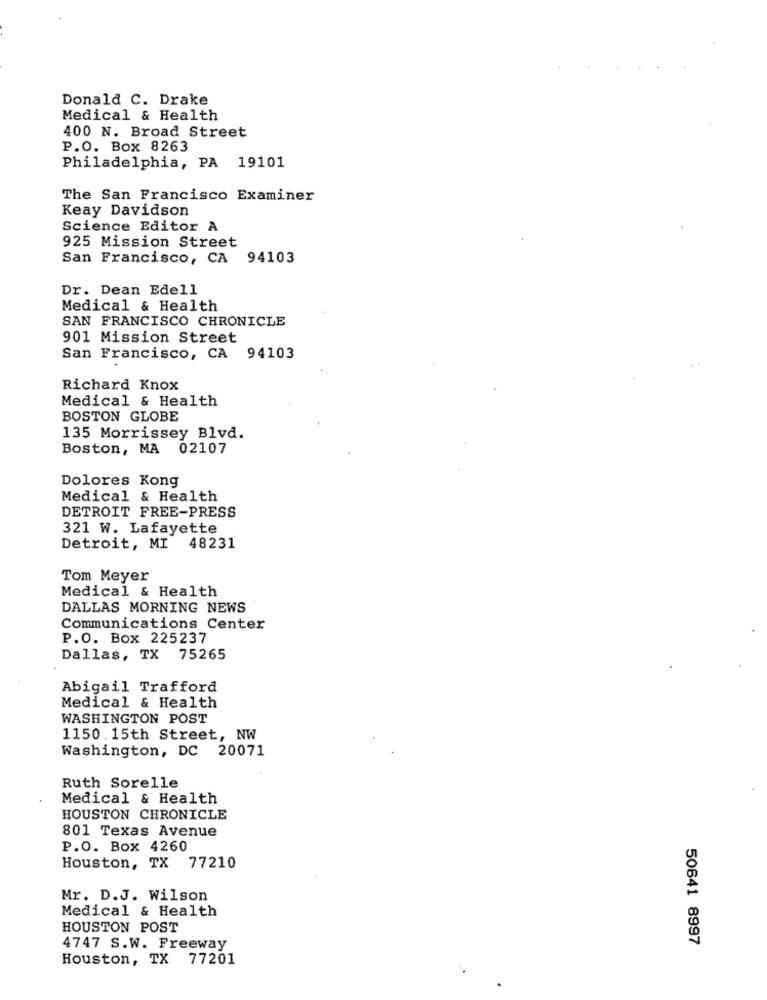
Donald C. Drake
Medical & Health
400 N. Broad Street
P.O. Box 8263
Philadelphia, PA 19101
The San Francisco Examiner
Keay Davidson
Science Editor A
925 Mission Street
San Francisco, CA 94103
Dr. Dean Edell
Medical & Health
SAN FRANCISCO CHRONICLE
901 Mission Street
San Francisco, CA 94103
Richard Knox
Medical & Health
BOSTON GLOBE
135 Morrissey Blvd.
Boston, MA 02107
Dolores Kong
Medical & Health
DETROIT FREE-PRESS
321 W. Lafayette
Detroit, MI 48231
Tom Meyer
Medical & Health
DALLAS MORNING NEWS
Communications Center
P.O. Box 225237
Dallas, TX 75265
Abigail Trafford
Medical & Health
WASHINGTON POST
1150. 15th Street, NW
Washington, DC 20071
Ruth Sorelle
Medical & Health
HOUSTON CHRONICLE
801 Texas Avenue
P.O. Box 4260
Houston, TX 77210
Mr. D.J. Wilson
Medical & Health
HOUSTON POST
50641 8997
4747 S.W. Freeway
Houston, TX 77201